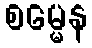
စမ္မေန